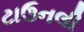
ટાઉનલી